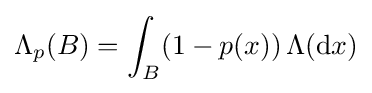
\Lambda _{p}(B)=\int _{B}(1-p(x))\,\Lambda (\mathrm {d} x)